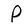
Character: P